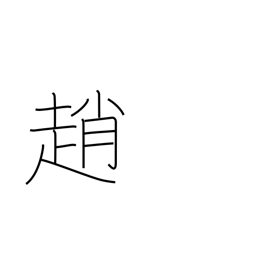
Meaning: late-going